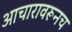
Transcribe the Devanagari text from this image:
आचारावरूनच